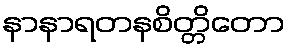
နာနာရတနစိတ္တိတော